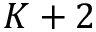
K + 2